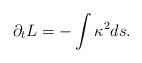
LaTeX: \begin{align*}\partial_{t}L = -\int\kappa^{2}ds.\end{align*}